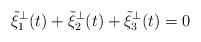
LaTeX: \begin{align*}\tilde\xi_1^{\perp}(t)+\tilde\xi_2^{\perp}(t)+\tilde\xi_3^{\perp}(t)=0\end{align*}